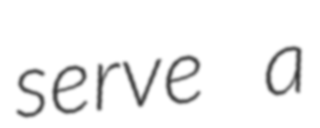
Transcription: serve a